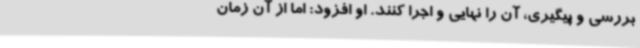
بررسی و پیگیری، آن را نهایی و اجرا کنند. او افزود: اما از آن زمان